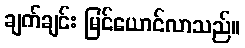
ချက်ချင်း မြင်ယောင်လာသည်။